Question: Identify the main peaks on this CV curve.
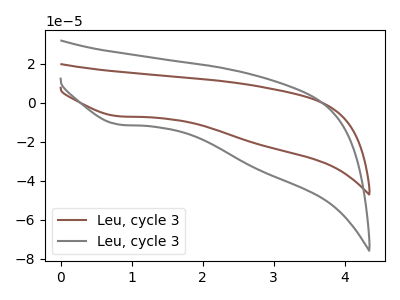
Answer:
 <answer>The brown curve "Leu, cycle 31" has a cathodic peak at: (0.80V, -6.95uA). The gray curve "Leu, cycle 32" has a cathodic peak at: (0.80V, -11.20uA).</answer>
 <eval></eval>